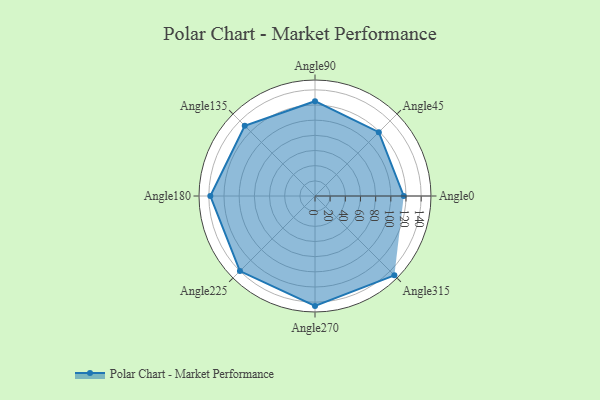
{"axis": {"x": "Angle", "y": "Radius"}, "legend": [""], "data": [{"x": "Angle0", "y": 117.0, "type": ""}, {"x": "Angle45", "y": 119.0, "type": ""}, {"x": "Angle90", "y": 125.0, "type": ""}, {"x": "Angle135", "y": 131.0, "type": ""}, {"x": "Angle180", "y": 138.0, "type": ""}, {"x": "Angle225", "y": 140.0, "type": ""}, {"x": "Angle270", "y": 145.0, "type": ""}, {"x": "Angle315", "y": 148.0, "type": ""}]}